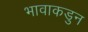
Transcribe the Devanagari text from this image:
भावाकडुन